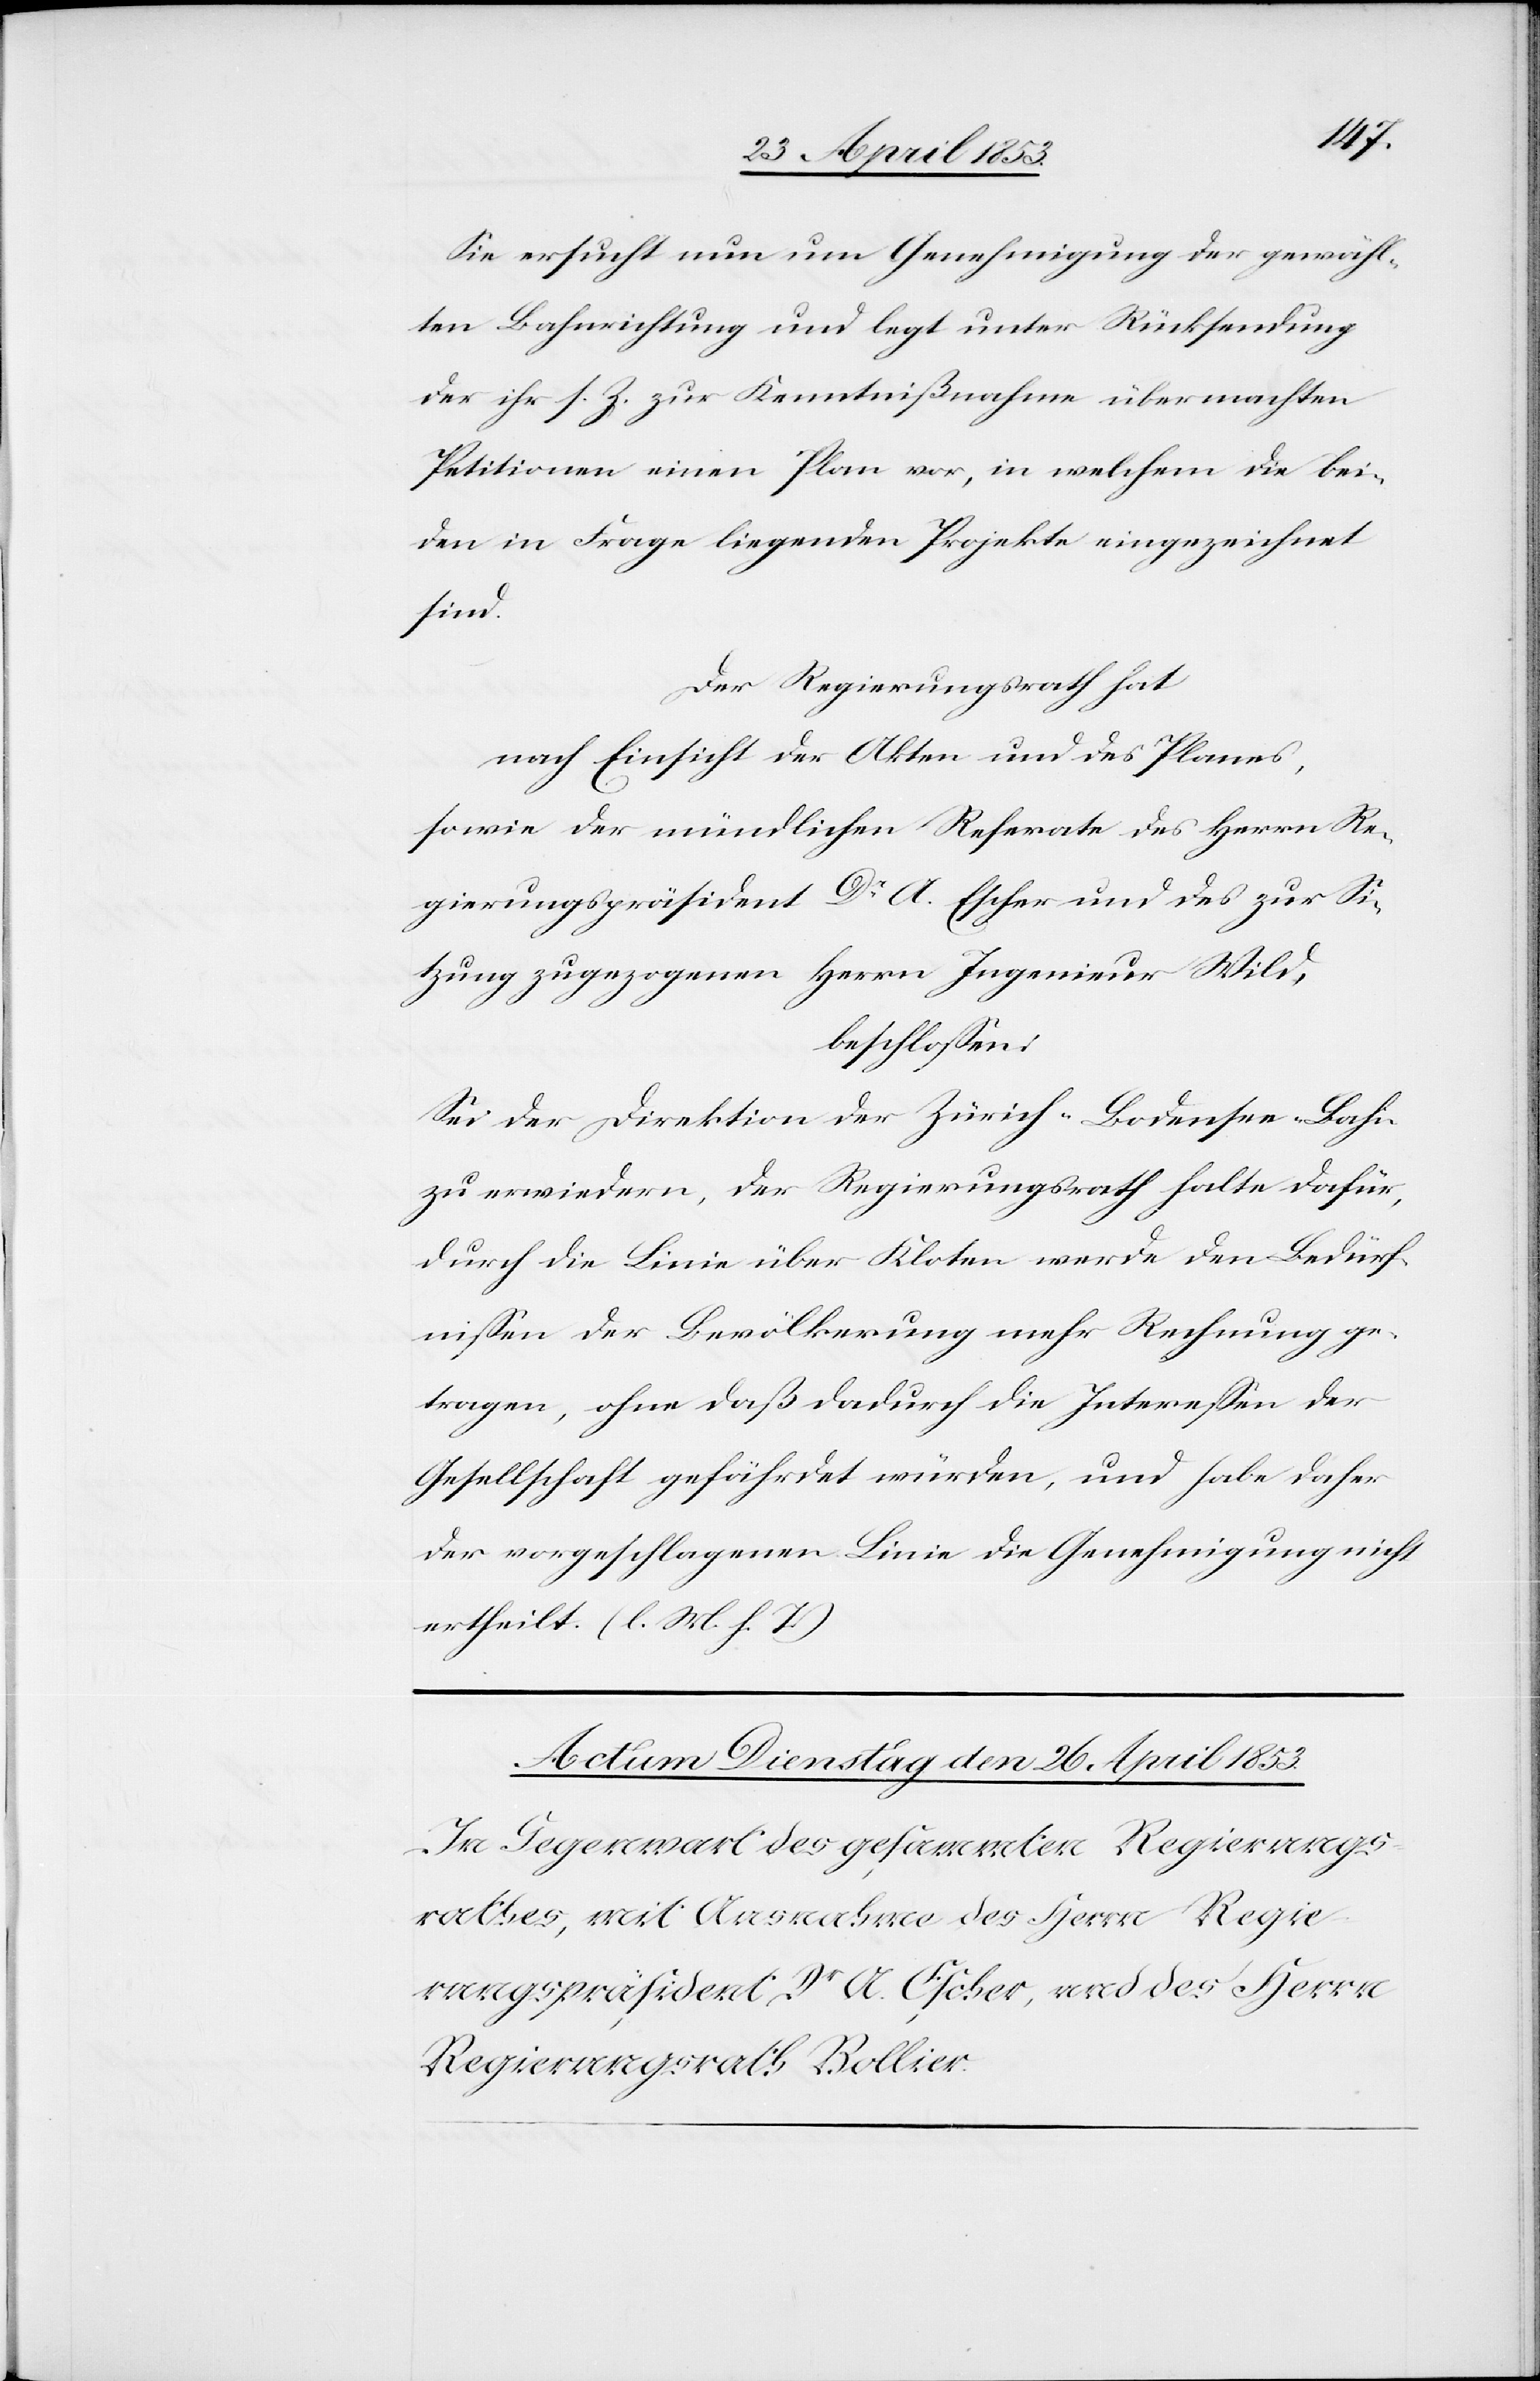
Sie ersucht nun um Genehmigung der gewähl¬
ten Bahnrichtung und legt unter Rücksendung
der ihr s. Z. zur Kenntnißnahme übermachten
Petitionen einen Plan vor, in welchem die bei¬
den in Frage liegenden Projekte eingezeichnet
sind.
Der Regierungsrath hat
nach Einsicht der Akten und des Planes,
sowie der mündlichen Referate des Herrn Re¬
gierungspräsident Dr. A. Escher und des zur Si¬
tzung zugezogenen Herrn Ingenieur Wild,
beschloßen:
Sei der Direktion der Zürich-Bodensee Bahn
zu erwiedern, der Regierungsrath halte dafür,
durch die Linie über Kloten werde den Bedürf¬
nißen der Bevölkerung mehr Rechnung ge¬
tragen, ohne daß dadurch die Intereßen der
Gesellschaft gefährdet würden, und habe daher
der vorgeschlagenen Linie die Genehmigung nicht
ertheilt. [l. M. h. T]